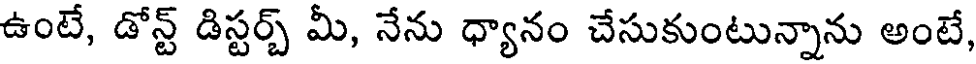
ఉంటే, డోన్ట్ డిస్టర్బ్ మీ, నేను ధ్యానం చేసుకుంటున్నాను అంటే,